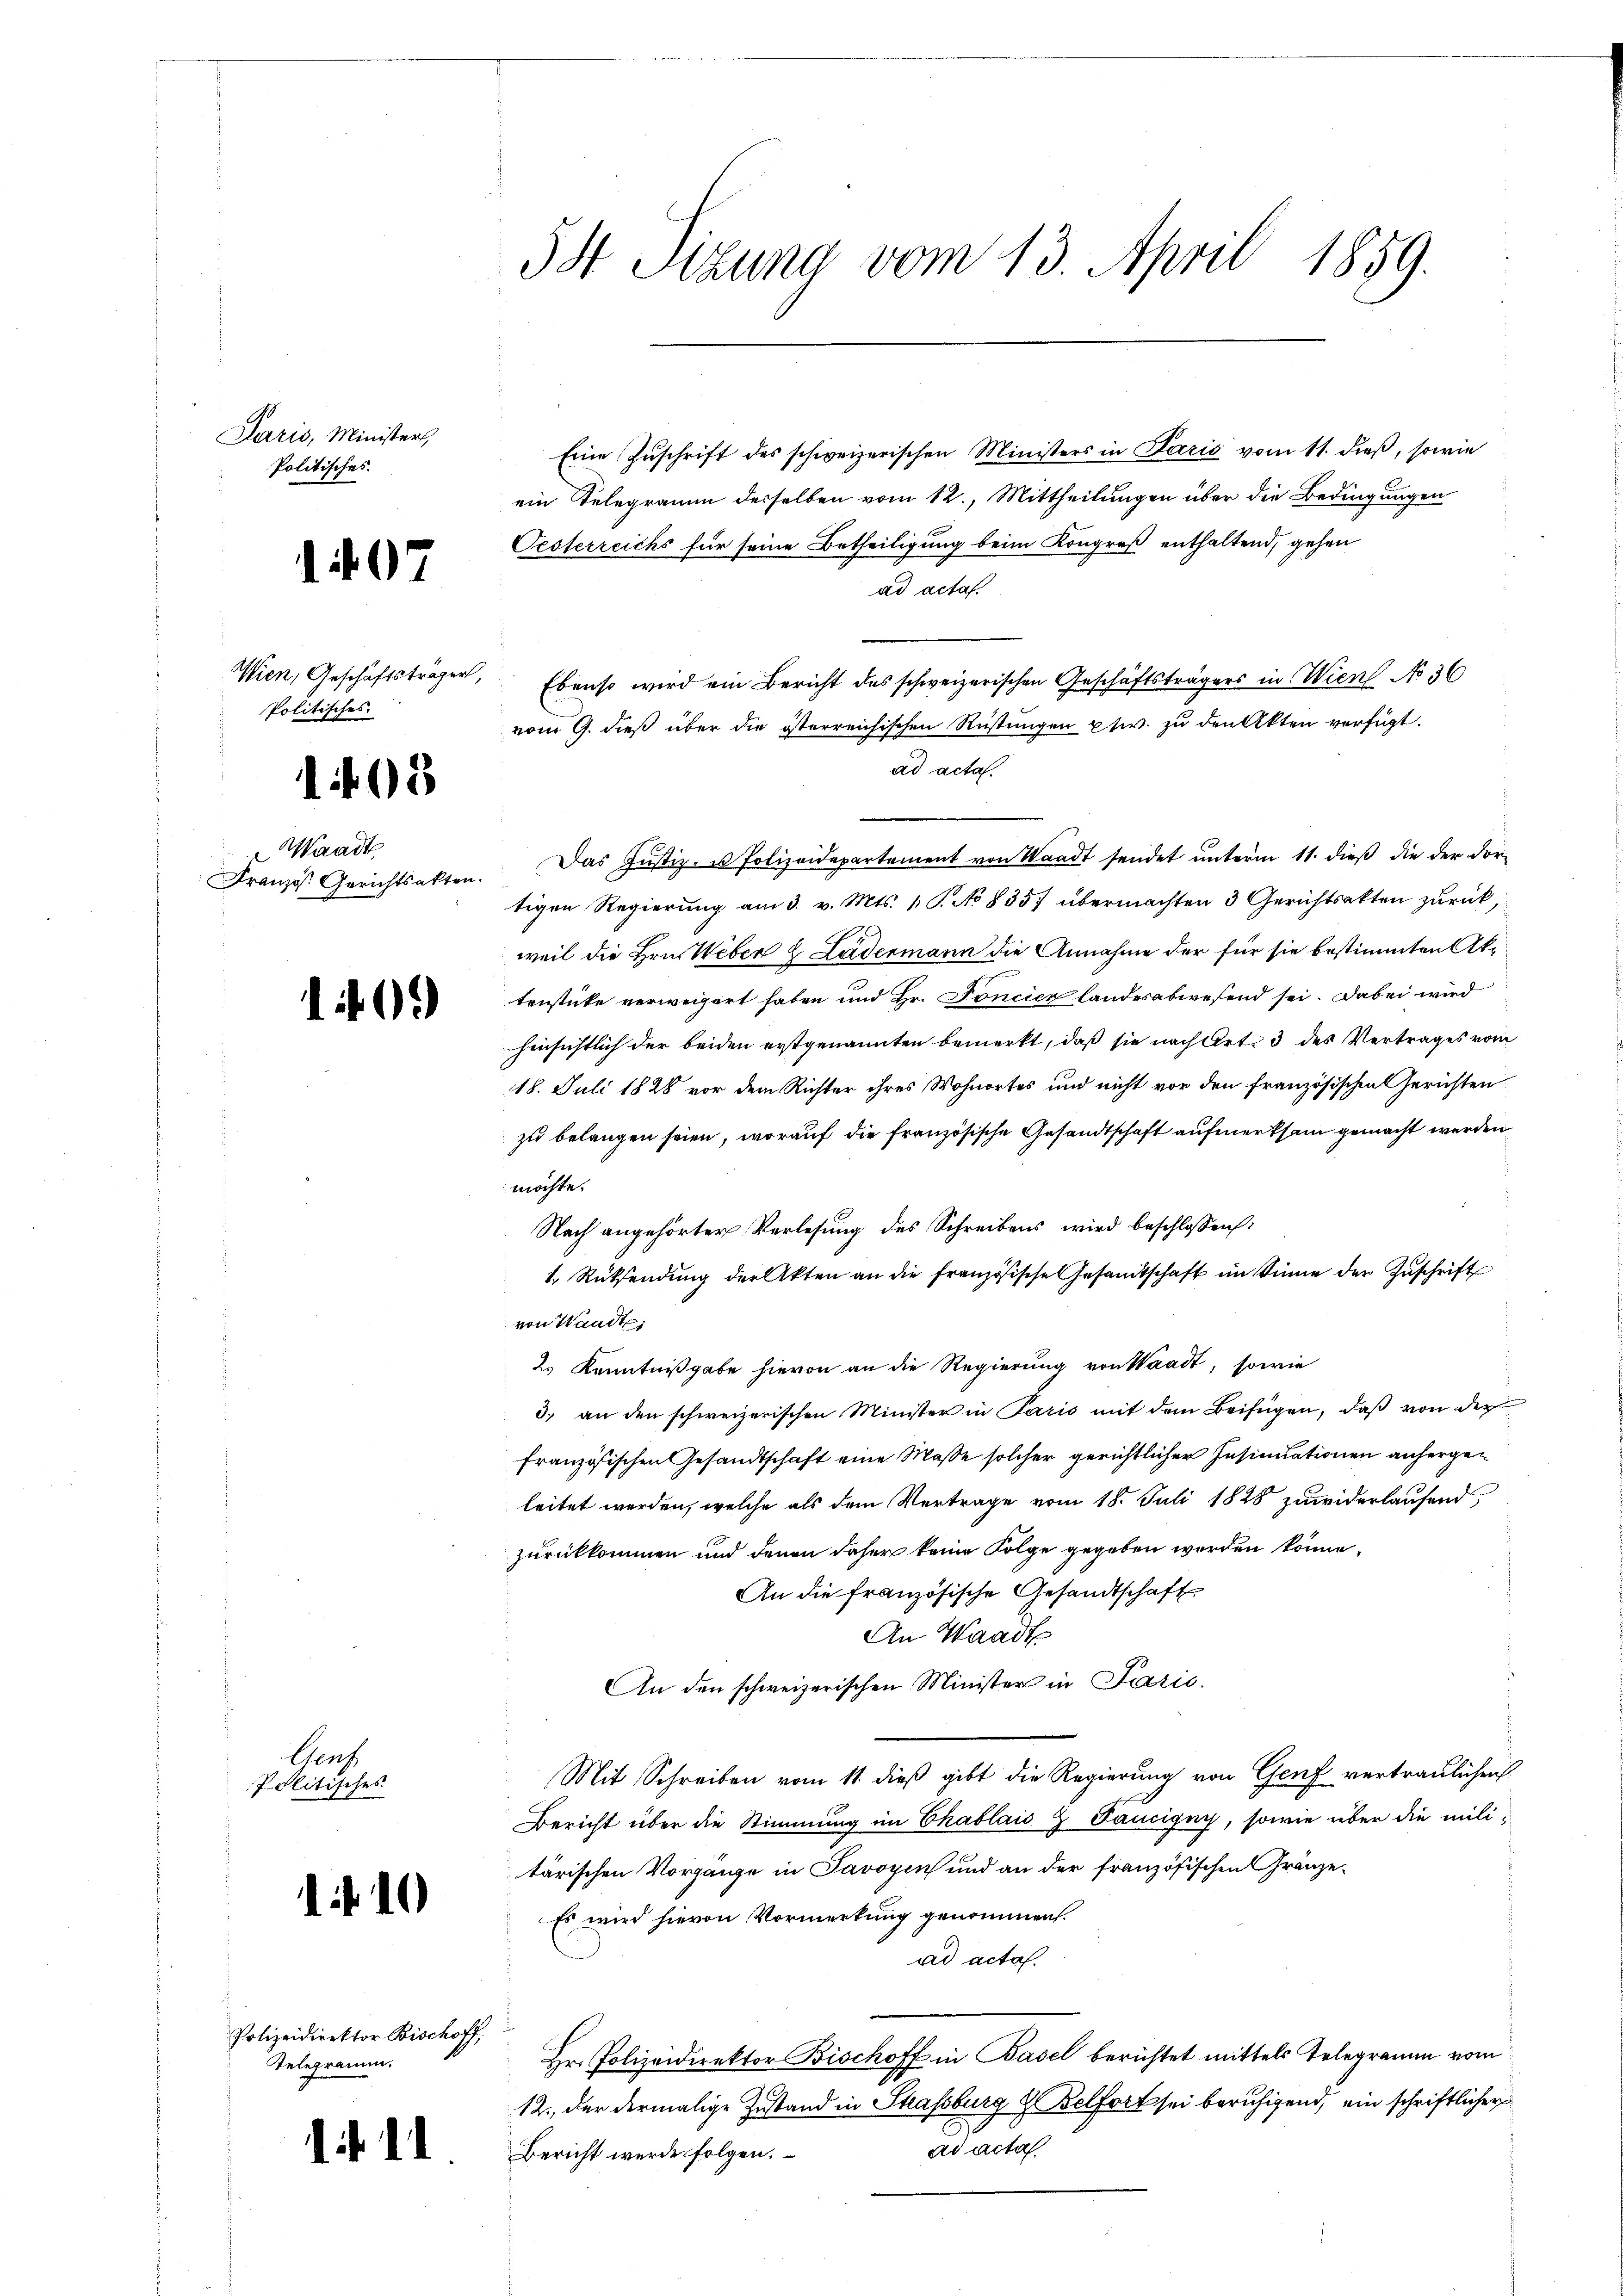
Paris, Ministers,
Politisches.

¬

Wien, Geschäftsträger
Politisches.

.

19

Genz
Politisches

97

93

Waadt
Französ. Gerichtsakten.

110

Polizeidirektor Bischoff,
Telegramm.

11

54 Sizung vom 13. April 1859.

Eine Zŭschrift des schweizerischen Ministers in Paris vom 11. dieß, sowie
ein Telegramm derselben vom 12. Mittheilungen über die Bedingungen
Pesterreichs für seine Betheiligung beim Kongreß enthaltend, gehen
ad acta
 Ebenso wird ein Bericht des schweizerischen Geschäftsträgers in Wien No 36
vom 9. dieß über die österreichischen Rüstungen etw. zu den Akten verfügt.
ad acta.
Das Justiz- u Polizeidepartement von Waadt sendet unterm 11. dieß die der dortigen Regierung am 3. v. Mts. 1 S. No 8357 übermachten 3 Gerichtsakten zurück,
weil die Hrn. Weber 2 Ludermann die Annahme der für sie bestimmten Aktenstücke verweigert haben und Hr. Foncier landesabwesend sei. Dabei wird
hinsichtlich der beiden erstgenannten bemerkt, daß sie nach Art. 3 des Vertrages vom
18. Juli 1828 vor dem Richter ihres Wohnortes und nicht vor den Französischen Gerichten
zu belangen seien, worauf die französische Gesandtschaft aufmerksam gemacht werden
möchte.
Nach angehörter Verlesung des Schreibens wird beschlossen:
1. Rücksendung der Akten an die französische Gesandtschaft im Sinne der Zuschrift
von Waadt,
2. Kenntnißgabe hievon an die Regierung von Waadt, sowie
3. an den schweizerischen Minister in Paris mit dem Beifügen, daß von der
französischen Gesandtschaft eine Maße solcher gerichtlicher Insinuationen anhergen
leitet werden, welche als dem Vertrage vom 18. Juli 1828 zuwiderlaufend
zurückkommen und denen daher keine Folge gegeben worden könne.
An die französische Gesandtschaft
An Waadt
An den schweizerischen Minister in Paris.
Mit Schreiben vom 11. dieß gibt die Regierung von Genf vertraulichen
Bericht über die Stimmung im Chablais Z Fanigny, sowie über die militärischen Vorgange in Savoyen und an der französischen Gränze¬
Es wird hievon Vormerkung genommen.
ad acta.
Hr. Polizeidirektor Bischoff in Basel berichtet mittels Telegramm vom
12., der dermalige Zustand in Strassburg & Belfort sei beruhigend, ein schriftlicher
ad acta
Bericht werde folgen.